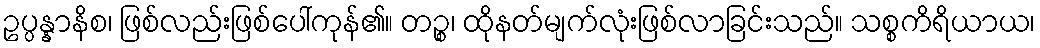
ဥပ္ပန္နာနိစ၊ ဖြစ်လည်းဖြစ်ပေါ်ကုန်၏။ တဉ္စ၊ ထိုနတ်မျက်လုံးဖြစ်လာခြင်းသည်။ သစ္စကိရိယာယ၊